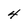
Character: 4